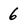
Character: 6